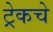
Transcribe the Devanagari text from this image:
ट्रेकचे